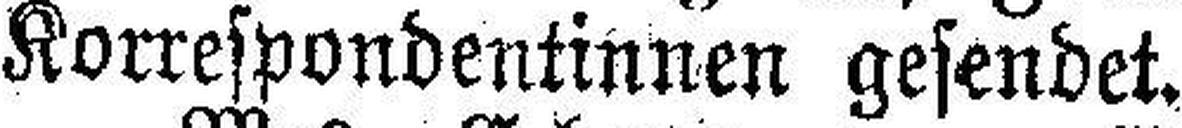
Korrespondentinnen gesendet.